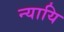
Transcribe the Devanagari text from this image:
न्यायि